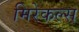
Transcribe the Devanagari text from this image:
मिरेकल्स